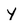
Character: y